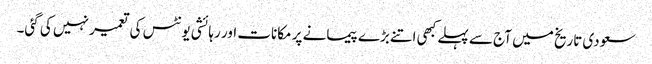
سعودی تاریخ میں آج سے پہلے کبھی اتنے بڑے پیمانے پر مکانات اور رہائشی یونٹس کی تعمیر نہیں کی گئی۔